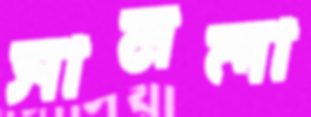
সামলা